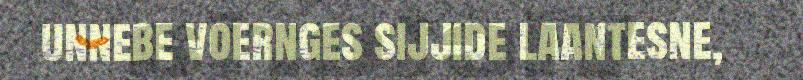
unnebe voernges sijjide laantesne,